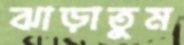
ঝাড়াতুম